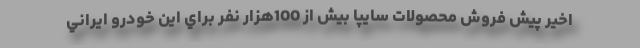
اخير پيش فروش محصولات سايپا بیش از 100هزار نفر براي اين خودرو ايراني